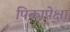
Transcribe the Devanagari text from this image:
पिकापेक्षा